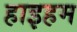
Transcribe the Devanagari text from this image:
हाइहम